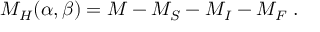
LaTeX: M _ { H } ( \alpha , \beta ) = M - M _ { S } - M _ { I } - M _ { F } \; .